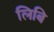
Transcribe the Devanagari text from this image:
लिबि